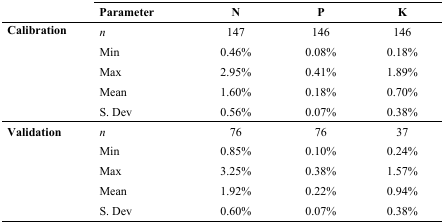
|  | Parameter | N | P | K |
 | --- | --- | --- | --- | --- |
 | <ROWSPAN=5> Calibration | n | 147 | 146 | 146 |
 | Min | 0.46% | 0.08% | 0.18% |
 | Max | 2.95% | 0.41% | 1.89% |
 | Mean | 1.60% | 0.18% | 0.70% |
 | S. Dev | 0.56% | 0.07% | 0.38% |
 | <ROWSPAN=5> Validation | n | 76 | 76 | 37 |
 | Min | 0.85% | 0.10% | 0.24% |
 | Max | 3.25% | 0.38% | 1.57% |
 | Mean | 1.92% | 0.22% | 0.94% |
 | S. Dev | 0.60% | 0.07% | 0.38% |